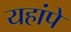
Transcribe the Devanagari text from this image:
यहांपे